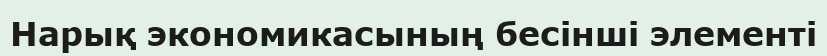
Нарық экономикасының бесінші элементі